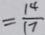
= \frac { 1 4 } { 1 7 }